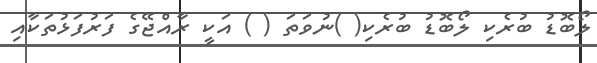
ލޯބޮޑު ބުރެކި ލޯބޮޑު ބުރެކި( )ނުވަތަ ( ) އަކީ ރާއްޖޭގެ ފަރުފަޅުތަކާއި